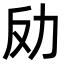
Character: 𠠻